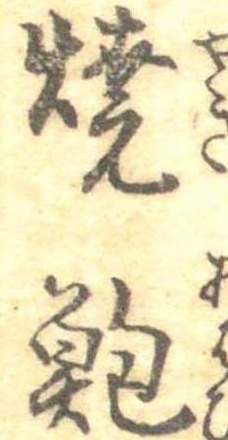
焼鮑